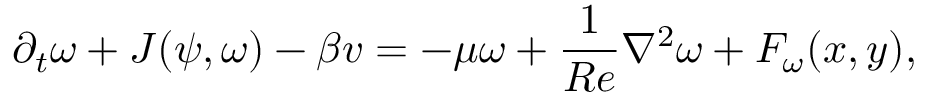
\partial _ { t } \omega + J ( \psi , \omega ) - \beta v = - \mu \omega + \frac { 1 } { R e } \nabla ^ { 2 } \omega + F _ { \omega } ( x , y ) ,